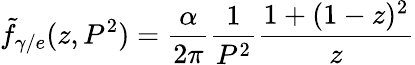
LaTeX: \tilde{f}_{\gamma/e}(z,P^{2})=\frac{\alpha}{2\pi}\frac{1}{P^{2}}\frac{1+(1-z)^{2}}{z}